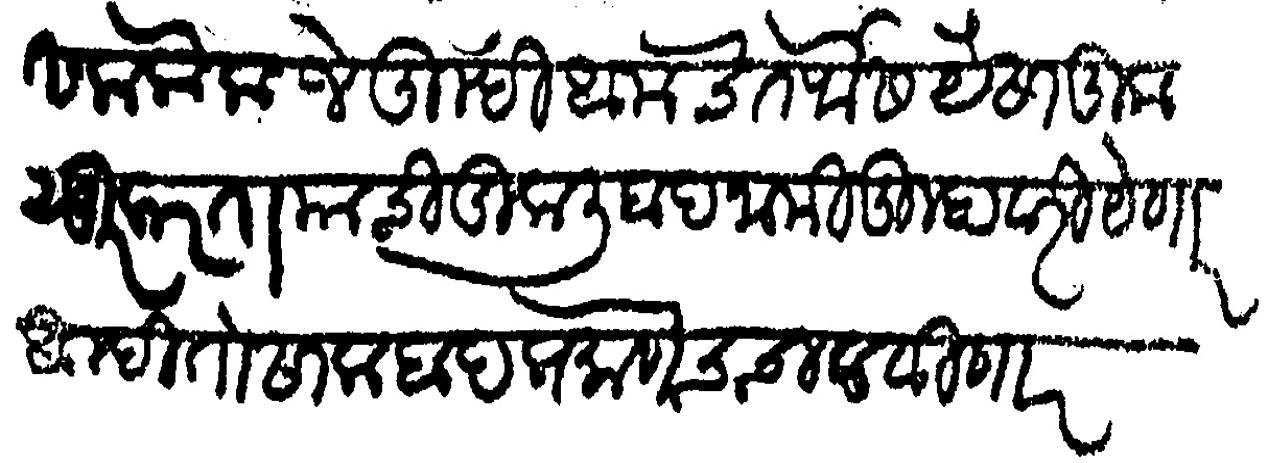
Transliteration (Devanagari): सला केला जे तुम्ही आमचे तर्फेस पैसा कुसुर करता याची कुली बदनामी तुम्हावरी येणार आम्ही तो सालाबाद प्रमाणेच चालवीणार